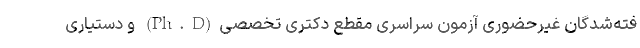
فته‌شدگان غیرحضوری آزمون سراسری مقطع دکتری تخصصی(Ph.D) و دستیاری